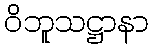
ဝိဘူသဋ္ဌာနာ